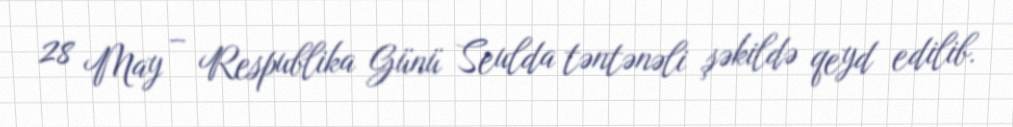
28 May – Respublika Günü Seulda təntənəli şəkildə qeyd edilib.